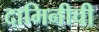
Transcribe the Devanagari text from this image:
दामिनीची